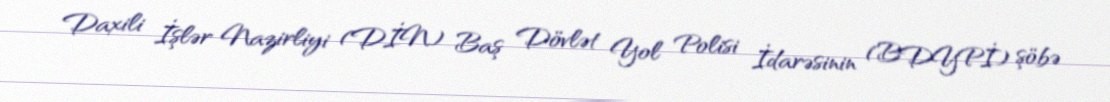
Daxili İşlər Nazirliyi (DİN) Baş Dövlət Yol Polisi İdarəsinin (BDYPİ) şöbə